65_HS1-834228961_62-HQ-83894_SUB_A
Agency: FBI
Page 6
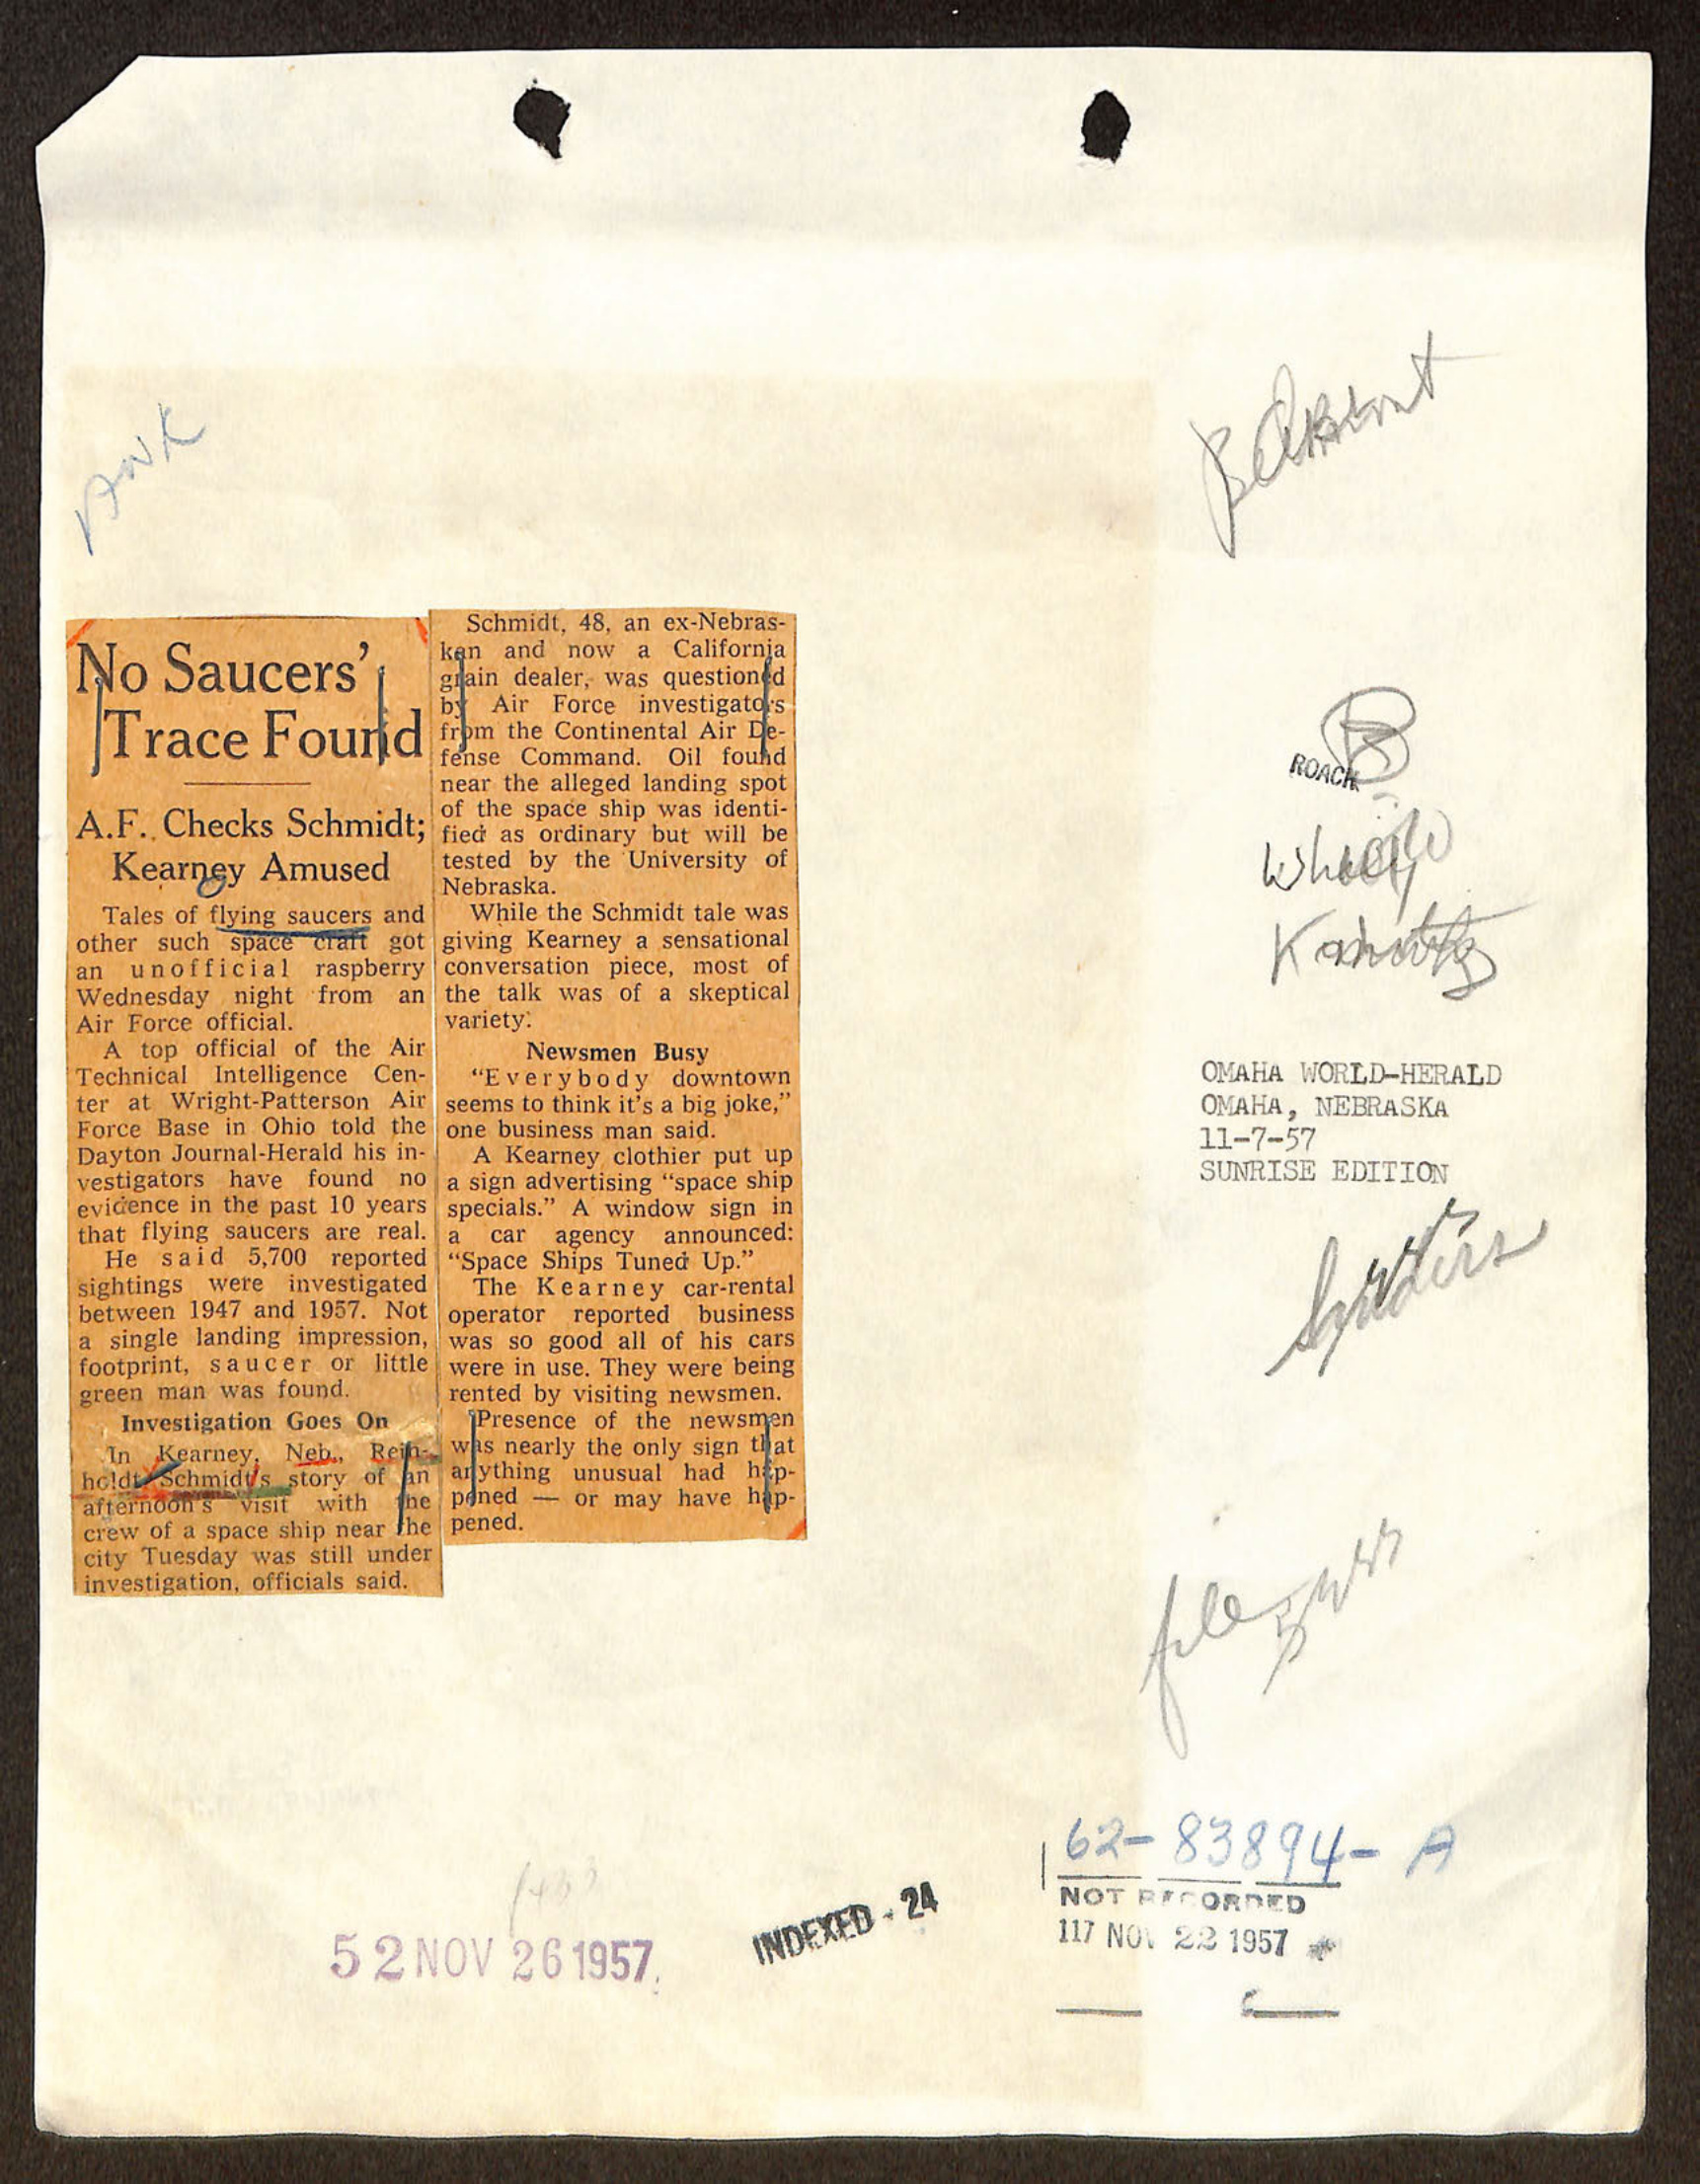